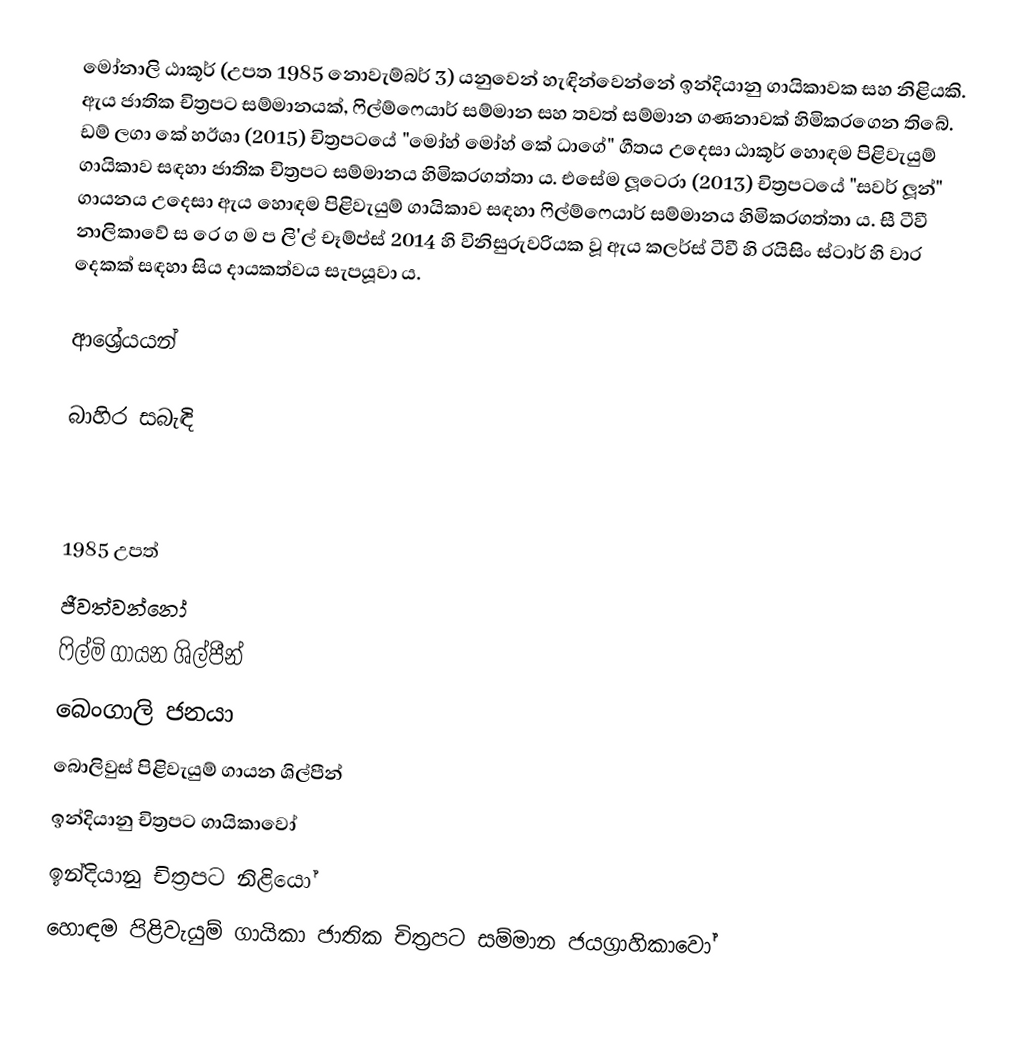
මෝනාලි ඨාකූර් (උපත 1985 නොවැම්බර් 3) යනුවෙන් හැඳින්වෙන්නේ ඉන්දියානු ගායිකාවක සහ නිළියකි. ඇය ජාතික චිත්‍රපට සම්මානයක්, ෆිල්ම්ෆෙයාර් සම්මාන සහ තවත් සම්මාන ගණනාවක් හිමිකරගෙන තිබේ. ඩම් ලගා කේ හඊශා (2015) චිත්‍රපටයේ "මෝහ් මෝහ් කේ ධාගේ" ගීතය උදෙසා ඨාකූර් හොඳම පිළිවැයුම් ගායිකාව සඳහා ජාතික චිත්‍රපට සම්මානය හිමිකරගත්තා ය. එසේම ලූටෙරා (2013) චිත්‍රපටයේ "සවර් ලූන්" ගායනය උදෙසා ඇය හොඳම පිළිවැයුම් ගායිකාව සඳහා ෆිල්ම්ෆෙයාර් සම්මානය හිමිකරගත්තා ය. සී ටීවී නාලිකාවේ ස රෙ ග ම ප ලි'ල් චෑම්ප්ස් 2014 හි විනිසුරුවරියක වූ ඇය කලර්ස් ටීවී හි රයිසිං ස්ටාර් හි වාර දෙකක් සඳහා සිය දායකත්වය සැපයූවා ය.

ආශ්‍රේයයන්

බාහිර සබැඳි

1985 උපත්
ජීවත්වන්නෝ
ෆිල්මි ගායන ශිල්පීන්
බෙංගාලි ජනයා
බොලිවුස් පිළිවැයුම් ගායන ශිල්පීන්
ඉන්දියානු චිත්‍රපට ගායිකාවෝ
ඉන්දියානු චිත්‍රපට නිළියෝ
හොඳම පිළිවැයුම් ගායිකා ජාතික චිත්‍රපට සම්මාන ජයග්‍රාහිකාවෝ